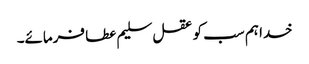
خدا ہم سب کو عقل سلیم عطا فرمائے۔